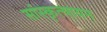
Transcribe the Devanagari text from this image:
सांस्कृत्यायन